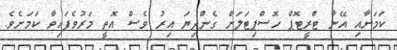
ކަމަށާއި އޭނާ ޓްރީޓޮޕް ހޮސްޕިޓަލަށް ގެންދިޔަ އިރު ވެސް އޮތީ މަރުވެފައިވާ ކަމަށެވެ.